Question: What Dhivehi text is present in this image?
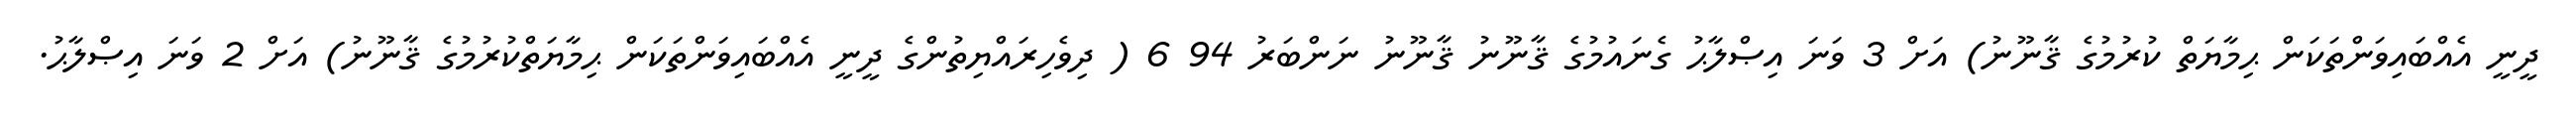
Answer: ދީނީ އެއްބައިވަންތަކަން ޙިމާޔަތް ކުރުމުގެ ޤާނޫނު) އަށް 3 ވަނަ އިޞްލާޙު ގެނައުމުގެ ޤާނޫނު ޤާނޫނު ނަންބަރު 94 6 ( ދިވެހިރައްޔިތުންގެ ދީނީ އެއްބައިވަންތަކަން ޙިމާޔަތްކުރުމުގެ ޤާނޫނު) އަށް 2 ވަނަ އިޞްލާޙު.